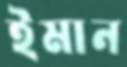
ইমান